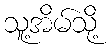
သူ့အိမ်သို့